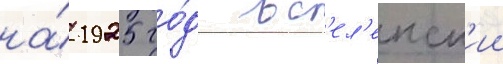
на́ 1925 го́д вс'ел'енск'ии